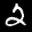
Label: 2